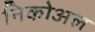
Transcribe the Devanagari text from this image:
निकोअल